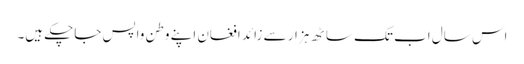
اس سال اب تک ساٹھ ہزار سے زائد افغان اپنے وطن واپس جاچکے ہیں۔